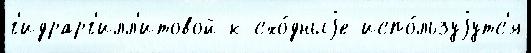
г'идрарг'илл'итовой к схо́дныjе испо́льзуjутс'я